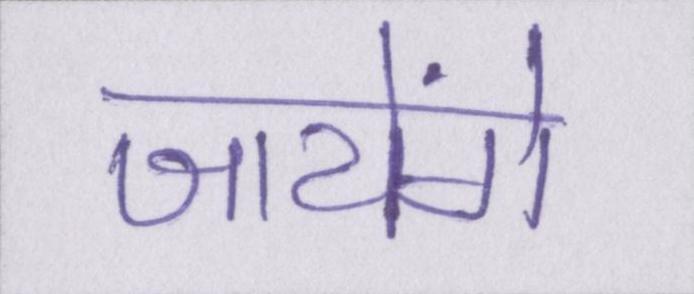
जायेंगे